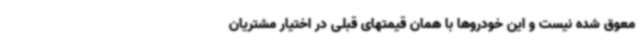
معوق شده نیست و این خودروها با همان قیمتهای قبلی در اختیار مشتریان